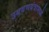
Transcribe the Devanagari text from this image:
उबवणयंत्रामध्ये